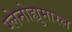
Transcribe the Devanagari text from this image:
ग्लेनोह्युमारल